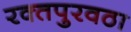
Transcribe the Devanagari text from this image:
रक्‍तपुरवठा